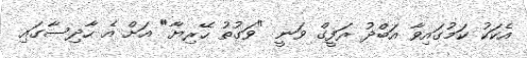
އެކަކު ކަމުގައިވާ އަބްދު ރަފީގް ވަނީ "ވަގުތު ހޭރިޔާ" އަށް އެ ހާދިސާގައި